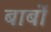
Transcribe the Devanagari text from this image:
बार्बो